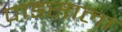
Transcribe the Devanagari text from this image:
पाडसाला